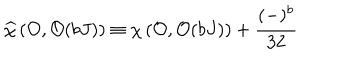
LaTeX: \widehat { \chi } \left( { \cal O } , { \cal O } ( b J ) \right) \equiv \chi \left( { \cal O } , { \cal O } ( b J ) \right) + { \frac { ( - ) ^ { b } } { 3 2 } }